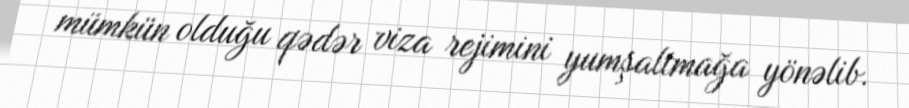
mümkün olduğu qədər viza rejimini yumşaltmağa yönəlib.